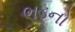
ભડનો